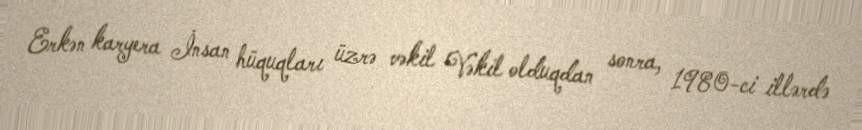
Erkən karyera İnsan hüquqları üzrə vəkil Vəkil olduqdan sonra, 1980-ci illərdə